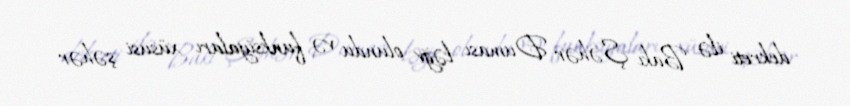
dekreti ilə Bakı Şəhər Duması ləğv olundu və funksiyaları xüsusi şəhər